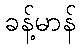
ခန့်မာန်